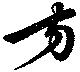
方